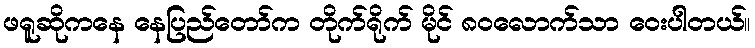
ဖရူဆိုကနေ နေပြည်တော်က တိုက်ရိုက် မိုင် ၈၀လောက်သာ ဝေးပါတယ်။